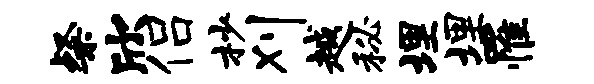
粲欣侣杪刈越秘埋埋罹